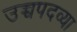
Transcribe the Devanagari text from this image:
उच्चपदव्या